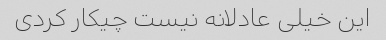
این خیلی عادلانه نیست چیکار کردی